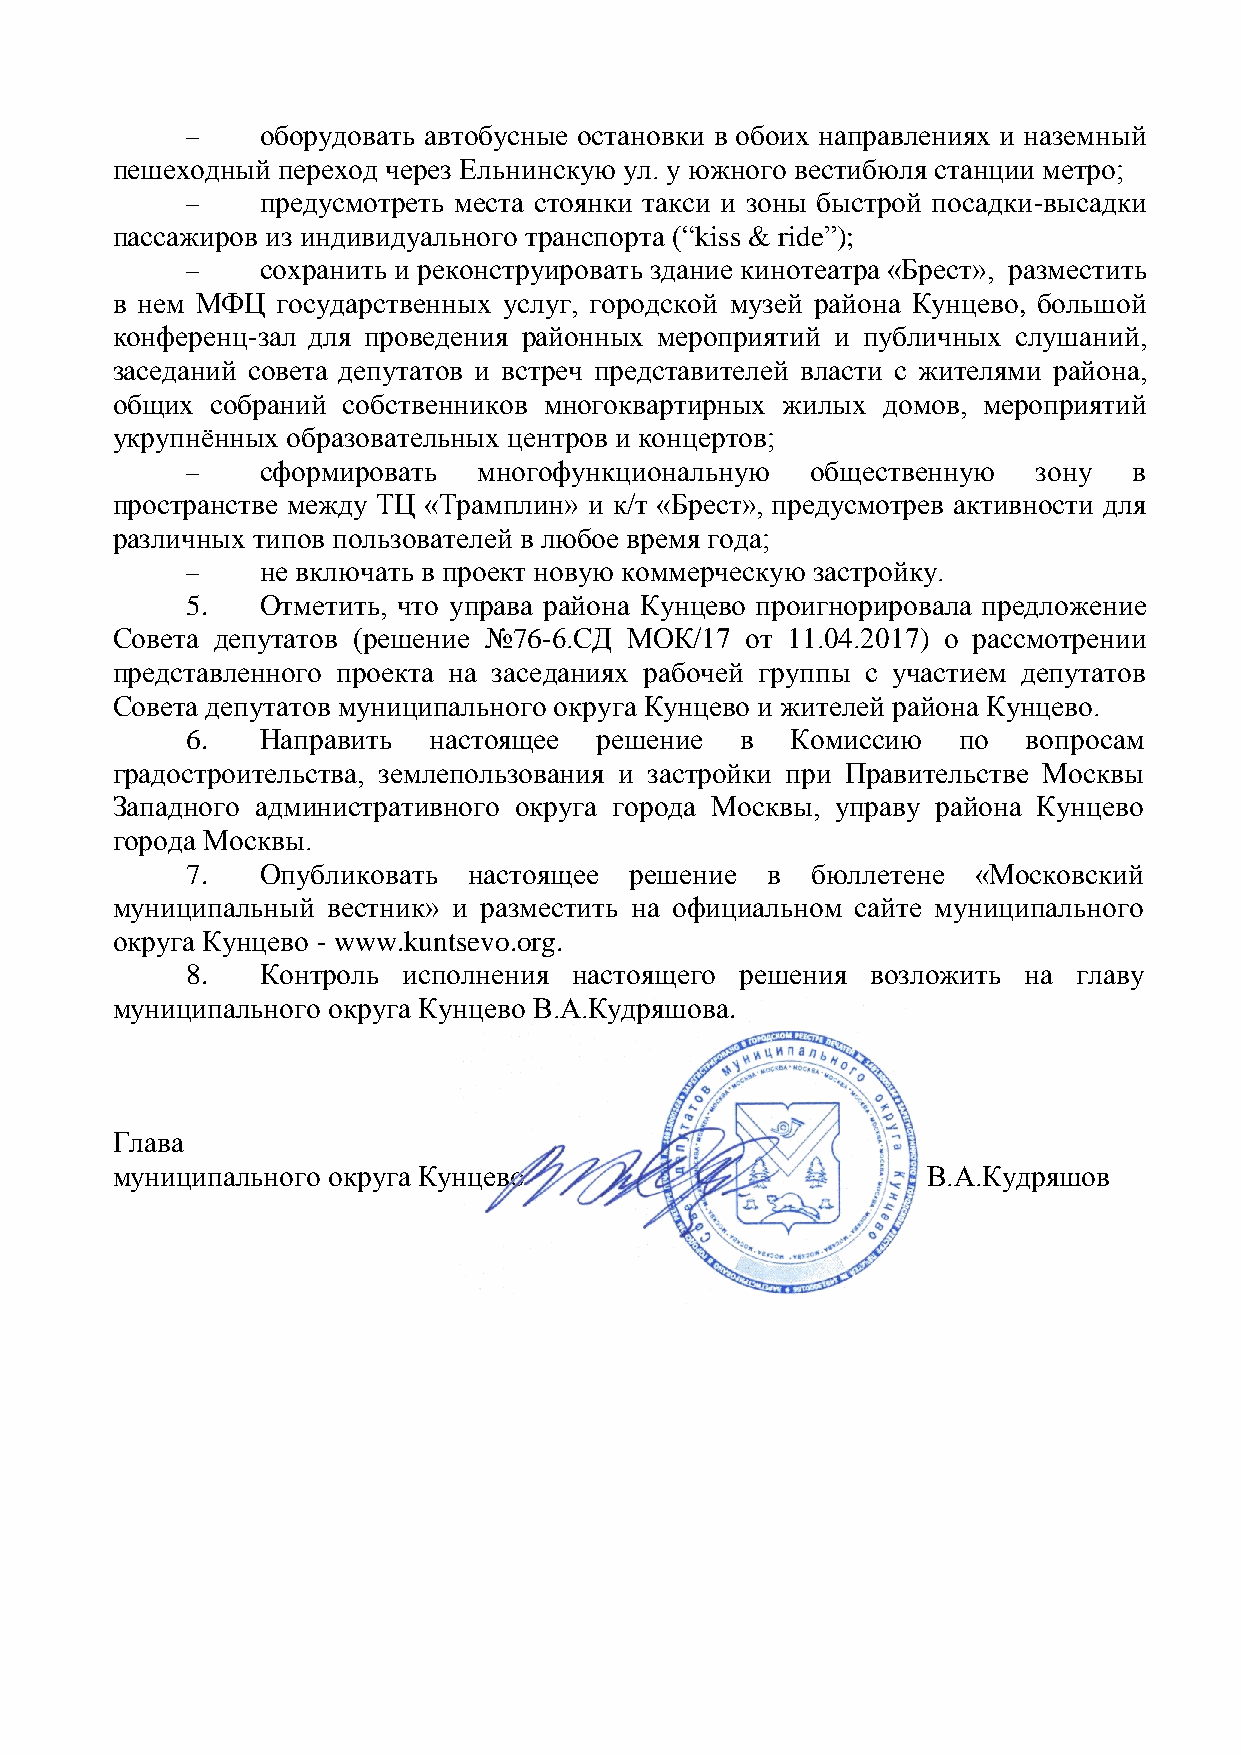
    оборудовать автобусные остановки в обоих направлениях и наземный
 пешеходный переход через Ельнинскую ул. у южного вестибюля станции метро;
     предусмотреть места стоянки такси и зоны быстрой посадки-высадки
 пассажиров из индивидуального транспорта (“kiss & ride”);
     сохранить и реконструировать здание кинотеатра «Брест», разместить
 в нем МФЦ  государственных услуг, городской музей района Кунцево, большой
 конференц-зал для проведения районных мероприятий и публичных слушаний,
 заседаний совета депутатов и встреч представителей власти с жителями района,
 общих  собраний собственников многоквартирных жилых домов, мероприятий
 укрупнѐнных образовательных центров и концертов;
     сформировать   многофункциональную   общественную   зону  в
 пространстве между ТЦ «Трамплин» и к/т «Брест», предусмотрев активности для
 различных типов пользователей в любое время года;
     не включать в проект новую коммерческую застройку.
 5.   Отметить, что управа района Кунцево проигнорировала предложение
 Совета депутатов (решение №76-6.СД МОК/17 от 11.04.2017) о рассмотрении
 представленного проекта на заседаниях рабочей группы с участием депутатов
 Совета депутатов муниципального округа Кунцево и жителей района Кунцево.
 6.   Направить  настоящее   решение  в  Комиссию   по   вопросам
 градостроительства, землепользования и застройки при Правительстве Москвы
 Западного административного округа города Москвы, управу района Кунцево
 города Москвы.
 7.   Опубликовать  настоящее  решение  в  бюллетене  «Московский
 муниципальный  вестник» и разместить на официальном сайте муниципального
 округа Кунцево - www.kuntsevo.org.
 8.   Контроль  исполнения настоящего решения  возложить на главу
 муниципального округа Кунцево В.А.Кудряшова.
 Глава
 муниципального округа Кунцево                         В.А.Кудряшов